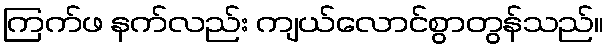
ကြက်ဖ နက်လည်း ကျယ်လောင်စွာတွန်သည်။